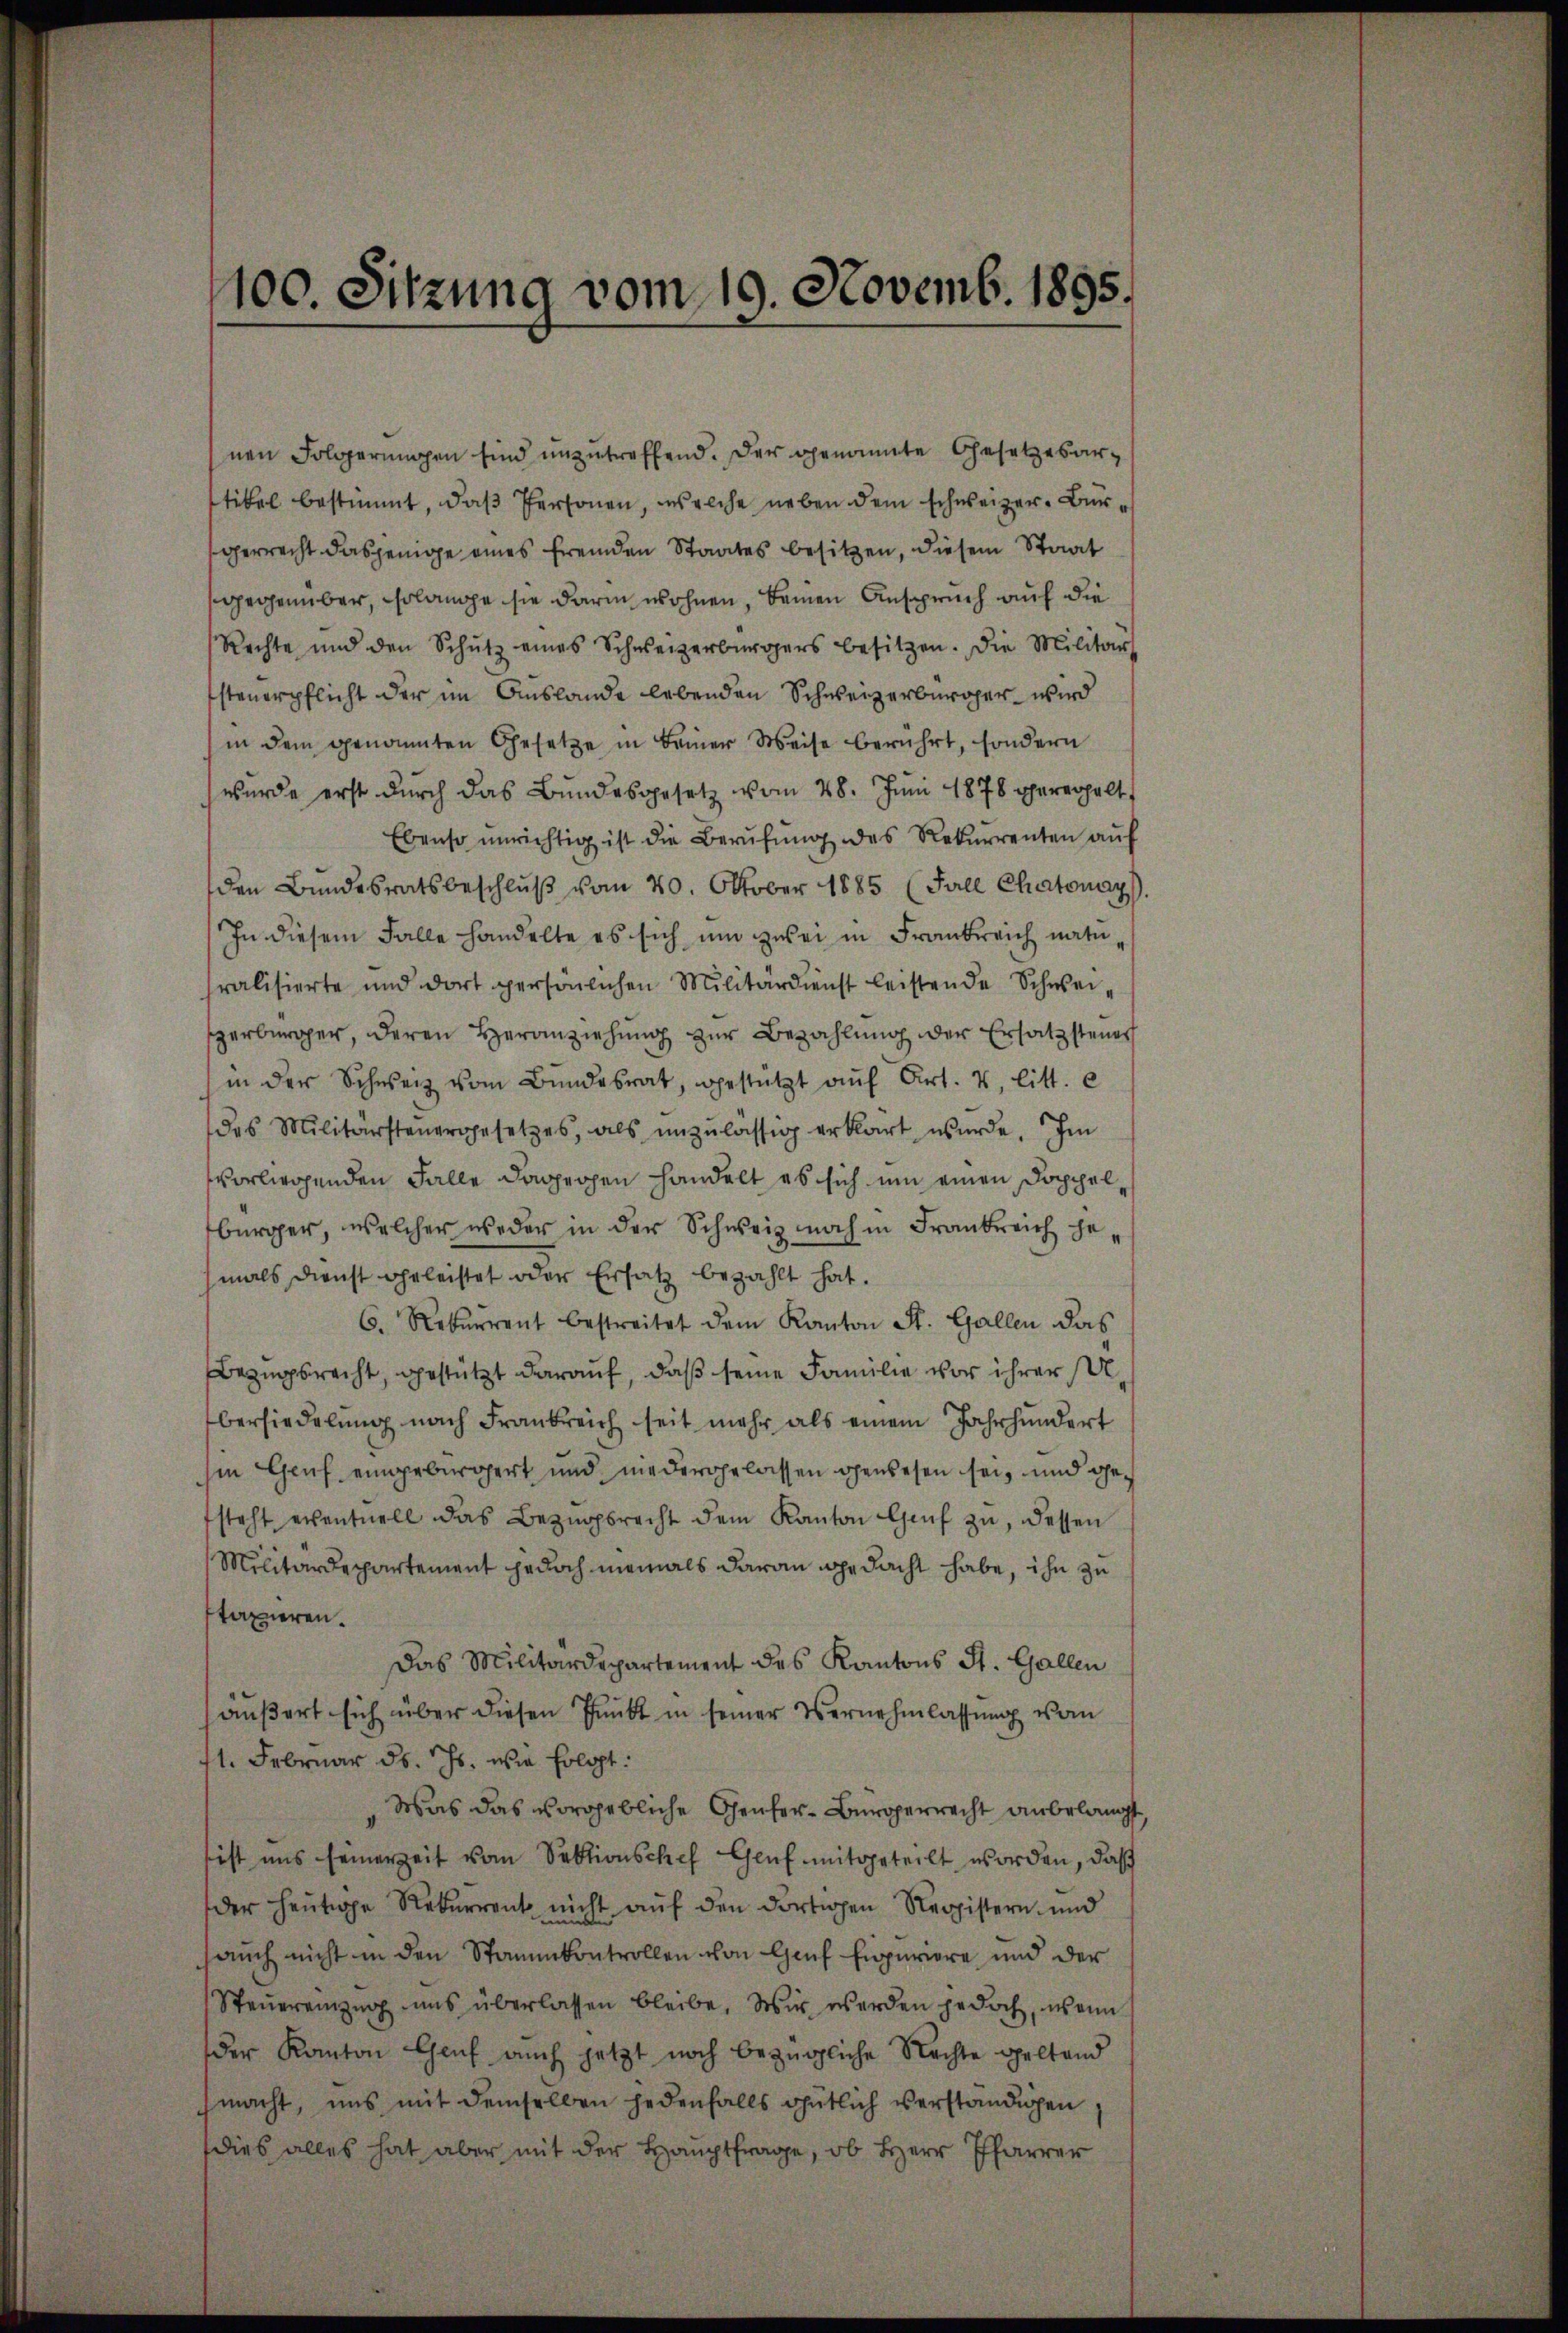
nen Folgerŭngen sind unzutreffend. Der genannte Gesetzesartikel bestimmt, daβ Personen, welche neben dem schweizer-Bürgerrecht dasjenige eines fremden Staates besitzen, diesem Staat
sgegenüber, solange sie darin wohnen, keinen Anspruch auf die
Rechte und den Schŭtz eines Schweizerbürgers besitzen. Die Militärs
steuerpflicht der im Auslande lebenden Schweizerbürger wird
in dem genannten Gesetze in Beiner Weise berührt, sondern
wurde erst dŭrch das Bŭndesgesetz vom 28. Jŭni 1878 gererhalt
Ebenso unrichtig ist die Berŭfŭng des Rekurrenten aŭf
den Bundesratsbeschlŭβ vom 20. Oktober 1885 (Fall Chatonay
In diesem Falle handelte es sich um zwei in Frankreich natu
fralisierte und dort persönlichen Militärdienst leistende Schweierbürger, deren Heranziehung zur Bezahlung der Ersatzsteuer
in der Schweiz vom Bundesrat, gestützt aŭf Art. 4, litt. c
des Militärsteŭergesetzes, als unzulässig erkart wurde. Im
vorliehenden Falle dagegen handelt es sich um einen Doppelbürger, welcher weder in der Schweiz noch in Frankreich gemals dienst geleistet oder Ersatz bezahlt hat.
6. Rekurrent bestreitet dem Kanton St. Gallen das
Bezugsrecht, gestützt darauf, daß seine Familie vor ihrer A
bersiedelung nach Frankreich seit mehr als einem Jahrhundert
hin Genf eingebürgert und niedergelassen gewesen sei, und gesteht eventuell das Bezŭgsrecht dem Kanton Genf zŭ, dessen
Militärdepartement jedoch niemals daran gedacht habe, ihn zu
taxieren.
Das Militärdepartement des Kantons St. Gallen
äußert sich über diesen Punkt in seiner Vernehmlassung vom
11. Februar d. Js. wie folgt:
Was das vorgebliche Genfer-Bürgerrecht anbelangt,
tist uns seinerzeit vom Sektionschef Genf mitgeteilt worden, daß
der heutige Rekurrent nicht auf den dortigen Registern und
auch nicht in den Stammkontrollen von Genf Enpuriere und der
Steŭereinzug uns überlassen bleibe. Wir werden jedoch, wenn
der Kanton Genf auch jetzt noch bezügliche Nachte geltend
macht, uns mit demselben jedenfalls gütlich verständigen
dies alles hat aber mit der Hauptfrage, ob Herr Pfarrer

100. Sitzung vom 19. Novemb. 1895.